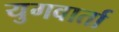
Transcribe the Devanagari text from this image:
युगवार्ता